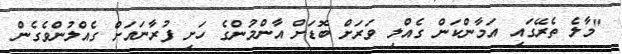
"މާލެ ތެރޭގައި އަމާންކަން ގެއްލި ވަރަށް ބޮޑަށް އާންމުންގެ ހަށި ފުރާނައަށް ގެއްލުންވެގެން